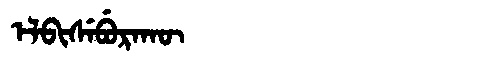
Manchu: ᡝᠯᠪᡳᠰᡝᠪᡠᡵᠠᡴᡡ
Romanization: ELBISEBURAKŪ